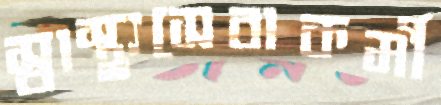
স্বাস্থ্যসেবাকর্মী